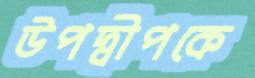
উপদ্বীপকে